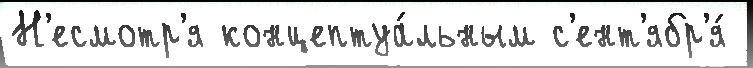
Н'есмотр'я концептуа́льным с'ент'ябр'я́